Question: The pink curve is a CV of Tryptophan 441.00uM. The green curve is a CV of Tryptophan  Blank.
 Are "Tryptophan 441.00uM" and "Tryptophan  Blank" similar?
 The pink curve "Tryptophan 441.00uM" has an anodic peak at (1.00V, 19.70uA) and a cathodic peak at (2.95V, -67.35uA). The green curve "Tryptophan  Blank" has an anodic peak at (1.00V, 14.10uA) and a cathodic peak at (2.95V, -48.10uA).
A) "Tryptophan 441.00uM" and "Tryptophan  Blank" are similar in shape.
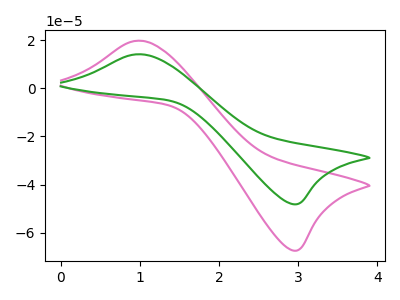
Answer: <think>All the peaks in "Tryptophan 441.00uM" have a peak in "Tryptophan  Blank" at the same potential. Every peak in "Tryptophan 441.00uM" is higher than every peak in "Tryptophan  Blank".
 </think>
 <answer>A) "Tryptophan 441.00uM" and "Tryptophan  Blank" are similar in shape.</answer>
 <eval>A</eval>